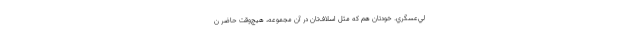
لي‌عسگري. خودتان هم كه مثل اسلاف‌تان در آن مجموعه، هيچ‌وقت حاضر ن